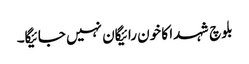
بلوچ شہدا کا خون رائیگان نہیں جائیگا۔